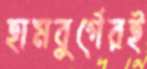
হামবুর্গেরই